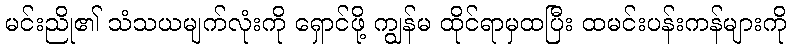
မင်းညို၏ သံသယမျက်လုံးကို ရှောင်ဖို့ ကျွန်မ ထိုင်ရာမှထပြီး ထမင်းပန်းကန်များကို